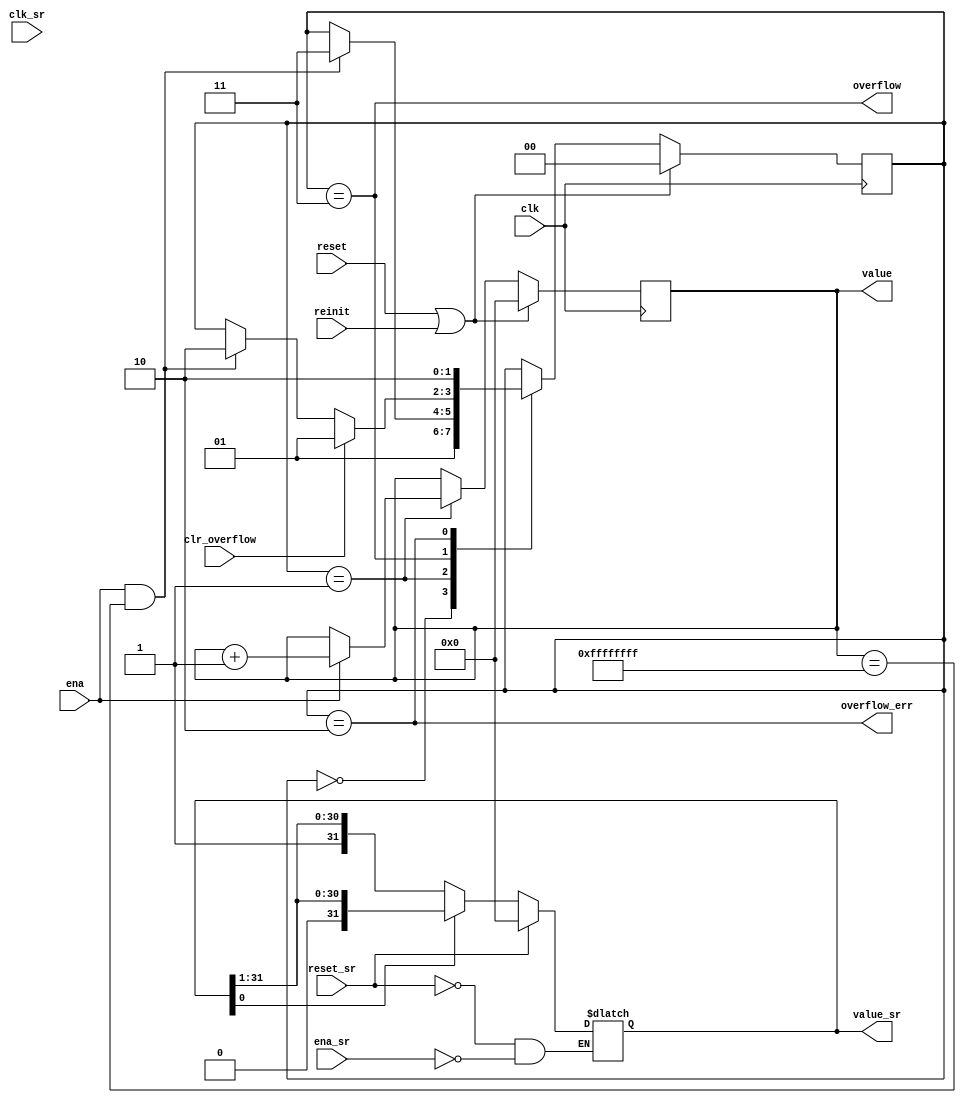
module counter #(parameter WIDTH = 32)(
  input clk,
  input reset,
  input ena,
  input reinit,
  input clr_overflow,
  output reg [WIDTH-1 : 0] value,
  output wire overflow,
  output wire overflow_err,

  input clk_sr,
  input reset_sr,
  input ena_sr,
  output reg [WIDTH-1:0] value_sr
);

parameter RES = 2'b00, CNT = 2'b01, OVF = 2'b11, ERR = 2'b10;
reg [1:0] state;
wire max_cnt;

assign overflow = {state == OVF};
assign overflow_err = {state == ERR};
assign max_cnt = {value == {WIDTH{1'b1}}};


always@(posedge clk)
begin
  if(reset | reinit)
  begin
    state <= RES;
    value <= 'b0;

  end 
  else
  begin 
    case(state)

      RES: state <= CNT;

      CNT: 
      begin 
        if(ena)
        begin 
          value <= value + 1'b1;
        end 

        if(ena & max_cnt)
        begin 
          state <= OVF;
        end 

      end 

      OVF:
      begin 
        if(clr_overflow)
        begin 
          state <= CNT;
        end 

        else if(ena & max_cnt)
        begin 
          state <= ERR;
        end 
      end 

      ERR: state <= ERR;

    endcase
  end 

end 

// Johnson Counter
always@(clk_sr)
begin 
    if(reset_sr)
    begin 
      value_sr <= 'b0;
    end
    else if(ena_sr)
    begin 
      if(value_sr[0] == 0)
      begin 
        value_sr <= {1'b1, value_sr[WIDTH-1 : 1]};
      end
      else 
      begin 
        value_sr <= {1'b0, value_sr[WIDTH-1 : 1]};
      end
    end
end

endmodule